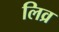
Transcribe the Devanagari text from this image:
लिव्र